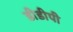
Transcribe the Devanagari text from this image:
डीडीपी